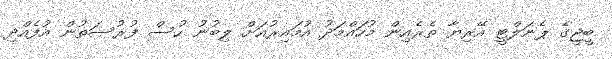
ބީޖީގެ ޕެނަލްޓީ އޭރިޔާ ތެރެއިން މުހައްމަދު އުމައިރުއަށް ލިބުނު ހުސް ފުރުސަތުން އުފެއްދި